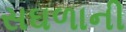
સઘળાની